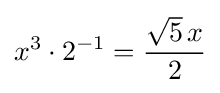
x^{3}\cdot 2^{-1}={\frac {{\sqrt {5}}\,x}{2}}